Papers set at the Examination for Leaving Certificates, 1889
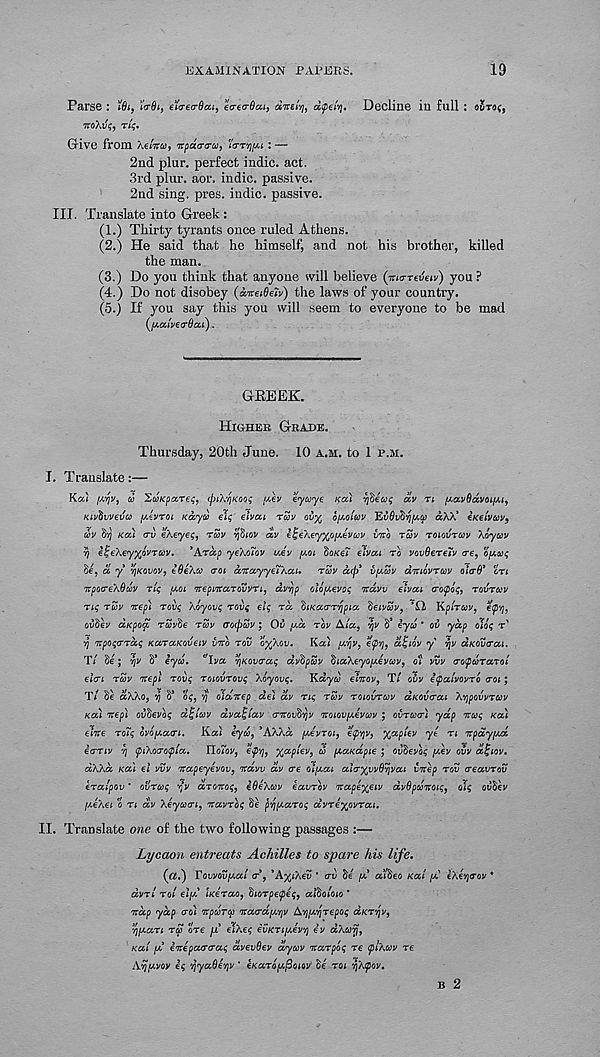
EXAMINATION PAPERS.
19
Parse :
iVd*, eYcrecrOcu, e<re<r0ca 9
dtpety. Decline in full : ODTO^J
itoXv^y Tit;.
Give from he In toy npatrcru, 'I<TTYI[M : —
2nd plur. perfect indie, act.
3rd plur. aor. indie, passive.
2nd sing. pres, indie, passive.
III. Translate into Greek :
(1.) Thirty tyrants once ruled Athens.
(2.) He said that he himself, and not his brother, killed
the man.
(3.) Do you think that anyone will believe (niTTeveiv) you ?
(4.) Do not disobey (dneiQeiv) the laws of your country.
(5.) If you say this you will seem to everyone to be mad
([AcclvetrOca).
GBEEK.
HIGHER GRADE.
Thursday, 20th June. 10 A.M. to 1 P.M.
I. Translate:—
Kcc) (Arjv, oo %wKpa,T€<;, (piXyKoo; f/.ev eycoye KCCI vjdeoot; dv n y^oovOdvoi/Mj
Kivtiwevco [xevroi Kcoyd el; elvcci ruv ov^ b^o'ucv ^vOv^/joa aXX* eKeivocv^
cov
KOU erv eheye;, rav vfiiov dv e^eXey^o^evccv ino rav TOIOVTCOV Xoyuv
7) eijeXeyxovTav. ’Arccp yeXoTov uev poi 5o/ce? elveu TO vovOeTeiv ere, oput;
Be, a y YjKOVov, iOeXco trot ccnccyye'iXai. TZV coop 3 v^obv dnibvTwv oitrO* OTI
npocreXOuv Tiq y*oi nepmccTovvTi, dvrip olb^evoq ndvv elveu vopoq, TQVTUV
Tiq TUV nep) Toiiq Xoyovq Tovq elq TOO diKcctTT^pico fieivZv,
KpiToov, etpvj,
ouSey diepofi Tavde TSV (ToopZv; Ov f^d TOV Aloe, vjv
iyd ’ ov ydp olbq T'
vj nvpoqcTTdq KccTccKOveiv vnb TOV O^XOV. Kai [A'/jv, efv), alqiov y r\v dKOvtrcu.
Ti $e; vjv S* iyco. ^Iva 'f]Kov(raq dvdpSv ^looXeyoy-evoov, O’I vvv tropcoTarol
eltri TZV nepl Tovq ToiovTOvq Xoyovq. Kdyu elnov, T/ ovv itpalvovTo <TOI ;
T/ Se doXXo, '}) V oq, vj oldnep del dv Tiq TZV TOIOVTWV dKOvorcu XvjpovvTcov
Kot nep) ovfievoq d^'iwv dvoo^iav crnoWvjv noiov[A,evo)v ; OVTUCT) ydp ituq KOU
elite To7q ovopaori. Kat eyoo, 'AXXd, pevToi, etpvjv, %ctpiev ye TI it pay pod
etiTiv 7\ (piXoTOtpia. Yidiov 9
%aplev 9 Z poaKapie ; oz)Sevo£ [dev ovv dljiov.
dXXd KOI el vvv napeyevov, ndvv dv ere olpoai altr^vvdyjvai vnep TOV treavTov
eTalpov * ovTcoq rfv aTOitoq, eOeXcov eavTov nape^eiv dvSpoonoiq, olq ouSey
[/.eXei o TI dv Xeyoocn, navToq Se pYj^aToq dvTe’/fiVTai.
II. Translate one of the two following passages :—
Lycaon entreats Achilles to spare his life.
(ai) Tovvov^ai cr\ 'A^iXeij * erv he [d dlheo Kat [d eXe^tTov *
dvTi TOI el[d iK€Tao 9 hioTpecpeq, alholoio *
nap ydp cro) npooTcc naardfAvjv AypeyTepoq a/crvjy,
'SjpoaTi TZ ore [X eiXeq evKTi/xevYj iv dXcorj,
Kai po enepatreraq dvevOev ay cov naTpoq re tpiXcov re
Arjpovov iq '/jyaOevjv ’ eKaTo^oiov he TOI YjXpov.
B 2